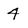
Character: 4